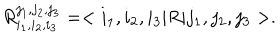
LaTeX: R _ { i _ { 1 } , i _ { 2 } , i _ { 3 } } ^ { j _ { 1 } , j _ { 2 } , j _ { 3 } } = < i _ { 1 } , i _ { 2 } , i _ { 3 } | R | j _ { 1 } , j _ { 2 } , j _ { 3 } > .